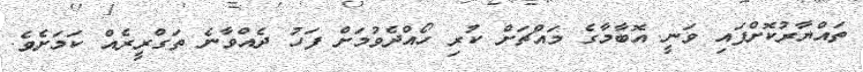
ތައްޔާރުކޮށްފައި ވަނީ އޮބާމާގެ މައްޗަށް ކުރި ހޯއްދެވުމަށް ފަހު ދެއްވާނެ ތަގްރީރެއް ކަމަށެވެ.